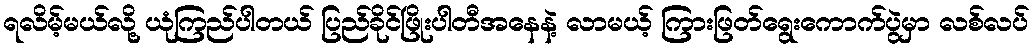
ရလိမ့်မယ်လို့ ယုံကြည်ပါတယ် ပြည်ခိုင်ဖြိုးပါတီအနေနဲ့ လာမယ့် ကြားဖြတ်ရွေးကောက်ပွဲမှာ လစ်လပ်